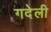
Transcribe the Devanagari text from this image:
गदेली